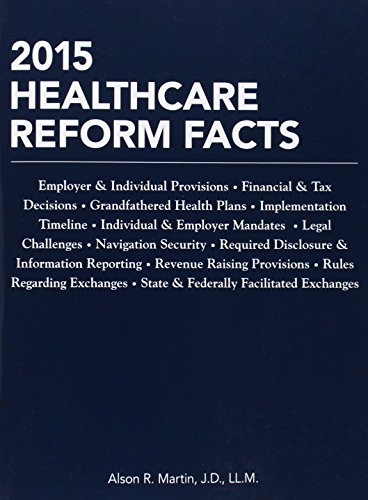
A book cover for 2015 Healthcare Reform Facts; Alson R. Martin; Business & Money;